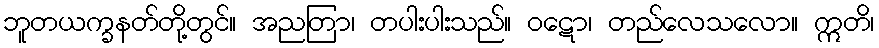
ဘူတယက္ခနတ်တို့တွင်။ အညတြာ၊ တပါးပါးသည်။ ဝဋော၊ တည်လေသလော။ ဣတိ၊